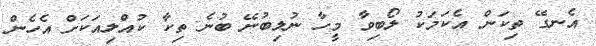
އެނގޭ ތިކަން އެކަމަކު ލޯބިވާ މީހާ ނުލިބުނޭ ބުނެ ތިކާ ކުއްލިއަކަށް އެހެން